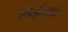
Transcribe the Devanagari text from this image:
गिड़गिड़ाएं